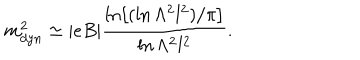
LaTeX: m _ { d y n } ^ { 2 } \simeq | e B | \frac { \ln \left[ ( \ln \Lambda ^ { 2 } l ^ { 2 } ) / \pi \right] } { \ln \Lambda ^ { 2 } l ^ { 2 } } .